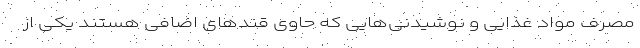
مصرف مواد غذایی و نوشیدنی‌هایی که حاوی قند‌های اضافی هستند یکی از